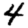
Digit: 4